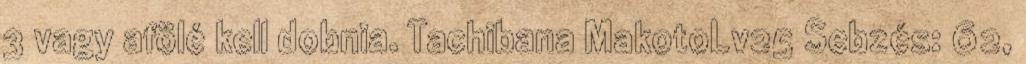
3 vagy afölé kell dobnia. Tachibana MakotoLv25 Sebzés: 62,